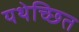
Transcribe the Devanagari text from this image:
यथेच्छित